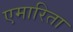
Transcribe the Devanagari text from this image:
एमारिता